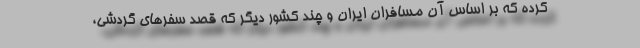
کرده که بر اساس آن مسافران ایران و چند کشور دیگر که قصد سفرهای گردشی،